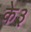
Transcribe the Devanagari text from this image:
के३